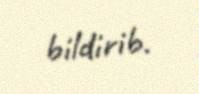
bildirib.